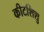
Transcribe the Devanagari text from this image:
कीटशिशु